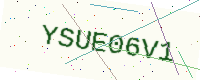
Text: YSUE06V1